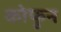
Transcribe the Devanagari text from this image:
कोफुन